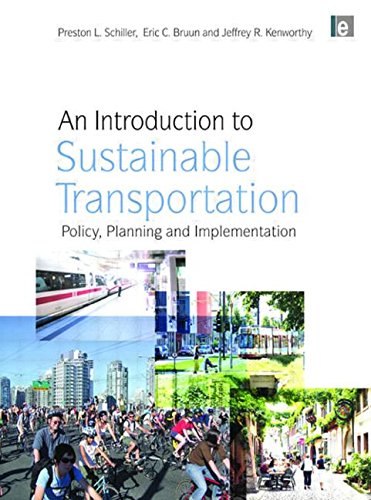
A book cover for An Introduction to Sustainable Transportation: Policy, Planning and Implementation; Preston L. Schiller; Engineering & Transportation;